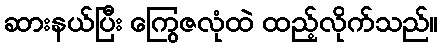
ဆားနယ်ပြီး ကြွေဇလုံထဲ ထည့်လိုက်သည်။